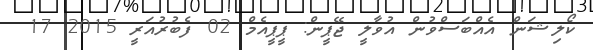
ކޯލިޝަން އެއްބަސްވުން އުވާލީ ޖޭޕީން: ޕީޕީއެމް 02 ފެބުރުއަރީ 2015 17